Insane asylums in Bengal annual reports 1867-1875 - 1867-1875
Year: 1867
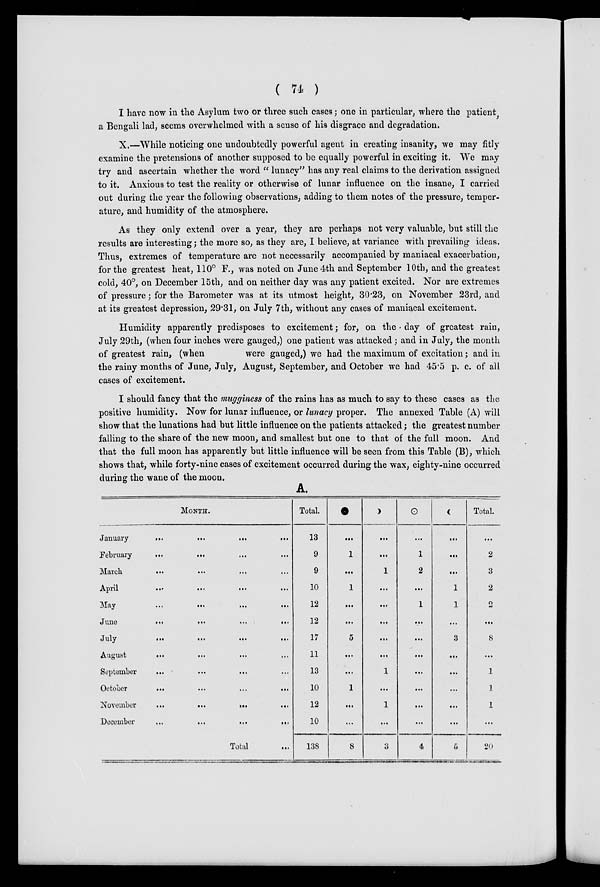
(74 )
I have now in the Asylum two or three such cases; one in particular, where the patient,
a Bengali lad, seems overwhelmed with a sense of his disgrace and degradation.
X.—While noticing one undoubtedly powerful agent in creating insanity, we may fitly
examine the pretensions of another supposed to be equally powerful in exciting it. We may
try and ascertain whether the word " lunacy" has any real claims to the derivation assigned
to it. Anxious to test the reality or otherwise of lunar influence on the insane, I carried
out during the year the following observations, adding to them notes of the pressure, temper-
ature, and humidity of the atmosphere.
As they only extend over a year, they are perhaps not very valuable, but still the
results are interesting; the more so, as they are, I believe, at variance with prevailing ideas.
Thus, extremes of temperature are not necessarily accompanied by maniacal exacerbation,
for the greatest heat, 110° F., was noted on June 4th and September 10th, and the greatest
cold, 40°, on December 15th, and on neither day was any patient excited. Nor are extremes
of pressure; for the Barometer was at its utmost height, 30.23, on November 23rd, and
at its greatest depression, 29.31, on July 7th, without any cases of maniacal excitement.
Humidity apparently predisposes to excitement; for, on the . day of greatest rain,
July 29th, (when four inches were gauged,) one patient was attacked ; and in July, the month
of greatest rain, (when
were gauged,) we had the maximum of excitation; and in
the rainy months of June, July, August, September, and October we had 45.5 p. c. of all
cases of excitement.
I should fancy that the mugginess of the rains has as much to say to these cases as the
positive humidity. Now for lunar influence, or lunacy proper. The annexed Table (A) will
show that the lunations had but little influence on the patients attacked; the greatest number
falling to the share of the new moon, and smallest but one to that of the full moon. And
that the full moon has apparently but little influence will be seen from this Table (B), which
shows that, while forty-nine cases of excitement occurred during the wax, eighty-nine occurred
during the wane of the moon.
A.
MONTH.
January ... ... ... ...
February ... ... ... ...
March ... ... ... ...
April ... ... ... ...
May ... ... ... ...
June ... ... ... ...
July ... ... ... ...
August ... ... ... ...
September ... ... ... ...
October ... ... ... ...
November ... ... ... ...
December ... ... ... ...
Total ...
Total.
13
9
9
10
12
12
17
11
13
10
12
10
138
...
1
...
1
...
...
5
...
...
1
...
...
8
...
...
1
...
...
...
...
...
1
...
1
...
3
...
1
2
...
1
...
...
...
...
...
...
...
4
...
...
...
1
1
...
3
...
...
...
...
...
5
Total.
...
2
3
2
2
...
8
...
1
1
1
...
20